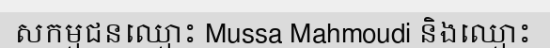
សកម្មជនឈ្មោះ Mussa Mahmoudi និងឈ្មោះ